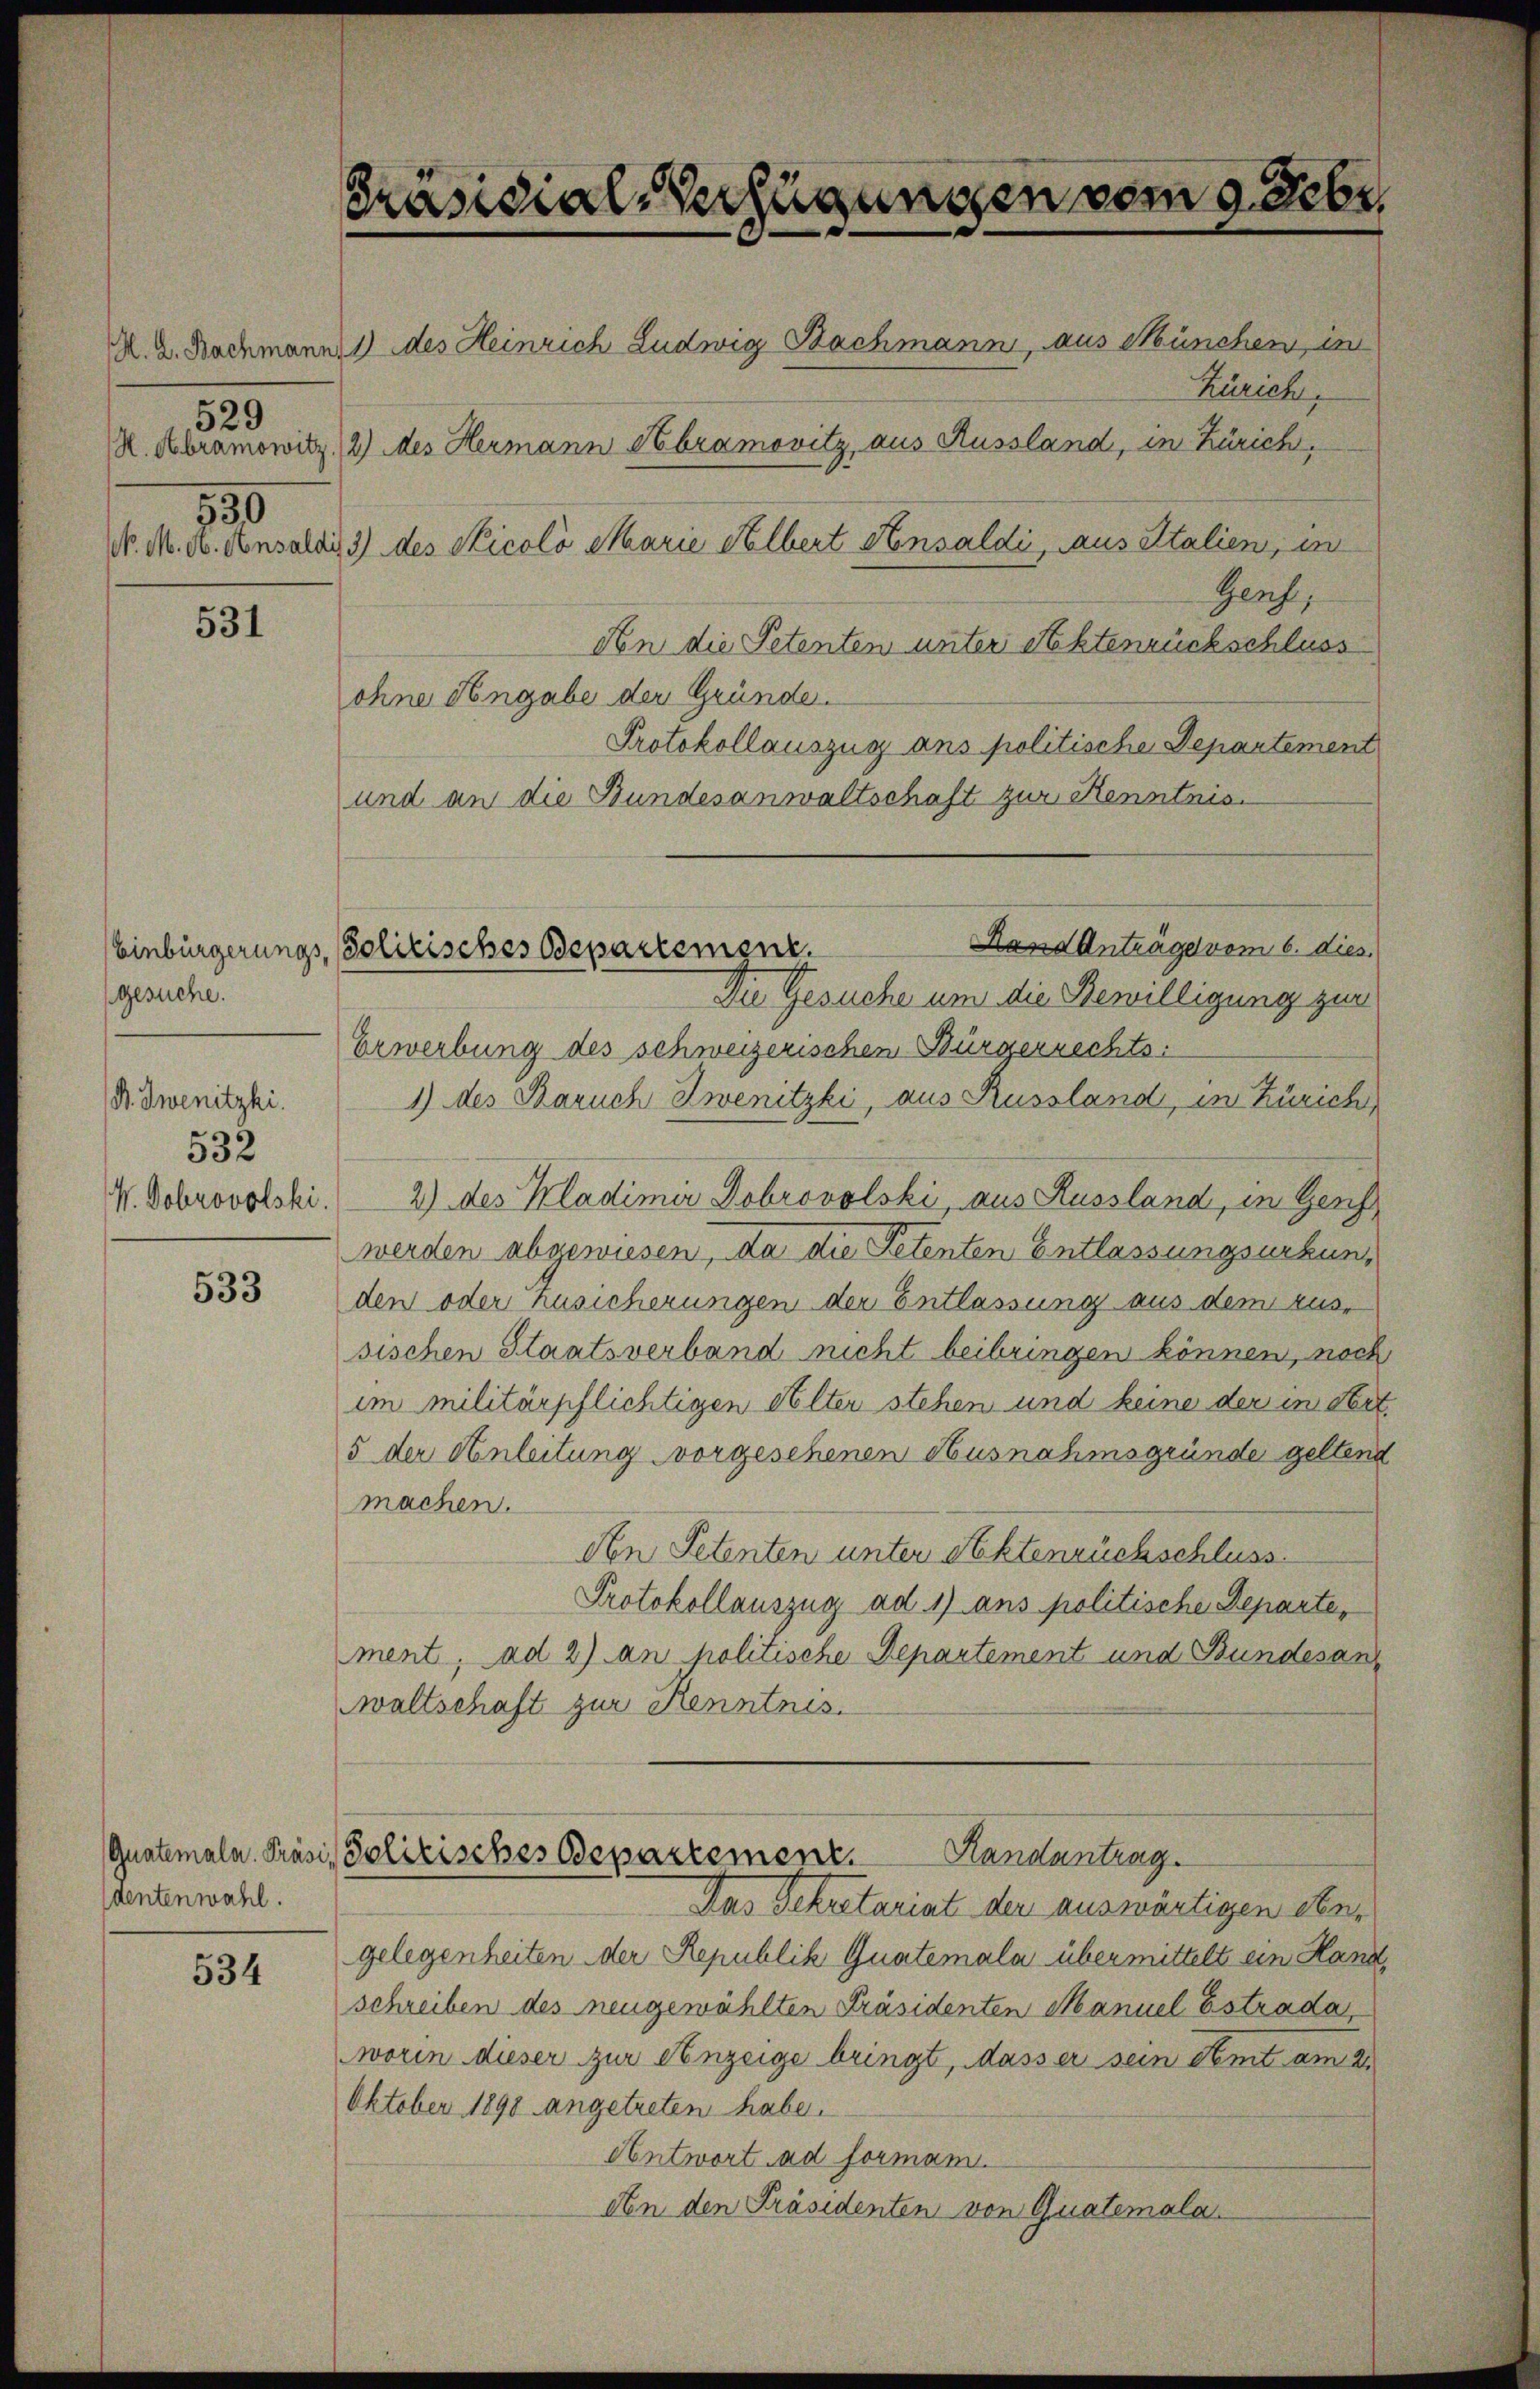
529
550

531

gesuche.
B. wenitzki.
532

533

dentenwahl.

534

Präsidial-Verfügungen vom 9. Febr.
K. Z. Bachmann 1) des Heinrich Ludwig Nachmann, aus München, in
Zürich,
K.Abramowitz, 2) des Hermann Hbramovitz, aus Aussland, in Zürich,
N. M. H. Ansaldi 3) des Nicolo Marie Albert Ansaldi, aus Italien, in

Genf,
Aen die Petenten unter Aktenrückschluss
ohne Angabe der Gründe.
Protokollauszug ans politische Departement
und an die Bundesanwaltschaft zur Kenntnis.
Die Gesuche um die Bewilligung zur
Erwerbung des schweizerischen Bürgerrechts:
1) des Baruch Zwenitzki, aus Russland, in Zürich
V. Dobrovolski. 2) des Kladimir Dobrovolski, aus Russland, in Gesch
werden abgewiesen, da die Petenten Entlassungsurkunden oder Zusicherungen der Entlassung aus dem rus-
sischen Staatsverband nicht beibringen können, noch
im militärpflichtigen Alter stehen und keine der in Art.
5 der Anleitung vorgesehenen Ausnahmsgründe geltend
machen.
An Petenten unter Aktenrückschluss.
Protokollauszug ad 1) ans politische Departe,
ment, ad 2) an politische Departement und Bundesan
waltschaft zur Kenntnis.
Guatemala Präsi- Politisches Departement.
Randantrag.
Das Sekretariat der auswärtigen dengelegenheiten der Republik Guatemala übermittelt ein Hand,
schreiben des neugewählten Präsidenten Manuel Estrada,
worin dieser zur Anzeige bringt, dass er sein Amt am 2.
Oktober 1898 angetreten habe.
Antwort ad formann.
den den Präsidenten von Quatemala

Hand Anträge vom 6. dies
Einbürgerungs-Politisches Departement.